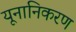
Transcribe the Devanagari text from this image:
यूनानिकरण